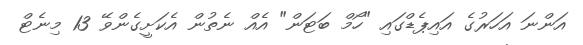
އަންނަ އަހަރުގެ އައިޕެޑްގައި "ހޯމް ބަޓަން" އެއް ނެތުން އެކަށީގެންވޭ 13 މިނެޓް